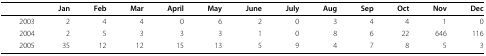
|  | Jan | Feb | Mar | April | May | June | July | Aug | Sep | Oct | Nov | Dec |
 | --- | --- | --- | --- | --- | --- | --- | --- | --- | --- | --- | --- | --- |
 | 2003 | 2 | 4 | 4 | 0 | 6 | 2 | 0 | 3 | 4 | 4 | 1 | 0 |
 | 2004 | 2 | 5 | 3 | 3 | 3 | 1 | 0 | 8 | 6 | 22 | 646 | 116 |
 | 2005 | 35 | 12 | 12 | 15 | 13 | 5 | 9 | 4 | 7 | 8 | 5 | 3 |